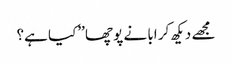
مجھے دیکھ کر ابا نے پوچھا ’’کیا ہے؟